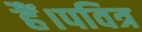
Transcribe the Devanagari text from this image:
हैं।पवित्र